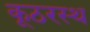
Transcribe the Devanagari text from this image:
कूठरस्थ